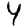
Digit: 4